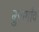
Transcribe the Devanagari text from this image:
बुरागाँव